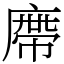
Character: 廗